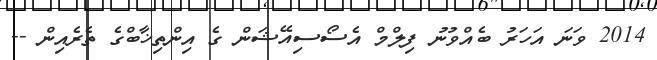
2014 ވަނަ އަހަރު ބެއްވުނު ފިލްމް އެސޯސިއޭޝަން ގެ އިންތިޚާބްގެ ތެރެއިން --